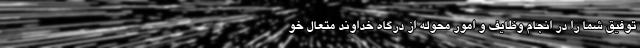
توفیق شما را در انجام وظایف و امور محوله از درگاه خداوند متعال خو